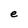
Character: e